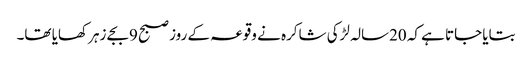
بتایا جاتا ہے کہ 20سالہ لڑکی شاکرہ نے وقوعہ کے روز صبح 9بجے زہر کھایا تھا۔